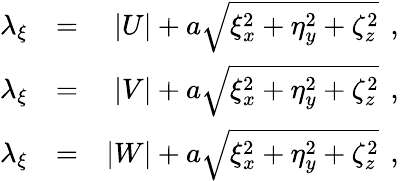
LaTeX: \begin{array}{rlr}{{\lambda_{\xi}}}&{{}{=}}&{{|U|+a\sqrt{\xi_{x}^{2}+\eta_{y}^{2}+\zeta_{z}^{2}}\, \mathrm{~,~}}}\\ {{\lambda_{\xi}}}&{{}{=}}&{{|V|+a\sqrt{\xi_{x}^{2}+\eta_{y}^{2}+\zeta_{z}^{2}}\, \mathrm{~,~}}}\\ {{\lambda_{\xi}}}&{{}{=}}&{{|W|+a\sqrt{\xi_{x}^{2}+\eta_{y}^{2}+\zeta_{z}^{2}}\, \mathrm{~,~}}}\end{array}